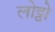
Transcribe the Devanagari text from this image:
लोट्टो